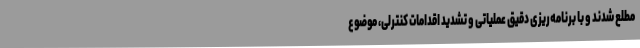
مطلع شدند و با برنامه‌ریزی دقیق عملیاتی و تشدید اقدامات کنترلی، موضوع